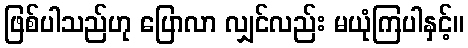
ဖြစ်ပါသည်ဟု ပြောလာ လျှင်လည်း မယုံကြပါနှင့်။